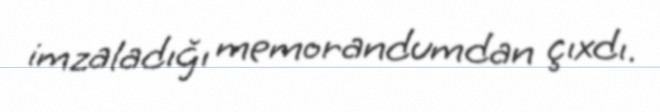
imzaladığı memorandumdan çıxdı.